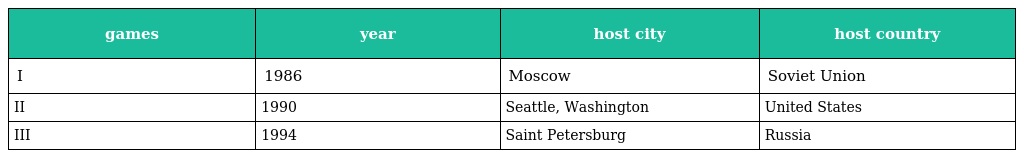
| games | year | host city | host country |
 | --- | --- | --- | --- |
 | I | 1986 | Moscow | Soviet Union |
 | II | 1990 | Seattle, Washington | United States |
 | III | 1994 | Saint Petersburg | Russia |